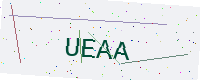
Text: UEAA